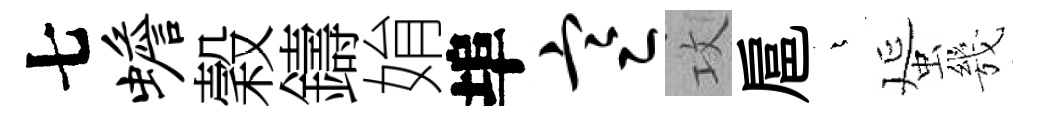
七蟾穀鑄姢埠寒攻扈燁蜑㡬